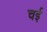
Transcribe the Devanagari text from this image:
चई